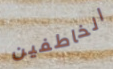
الخاطفين